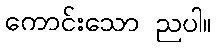
ကောင်းသော ညပါ။